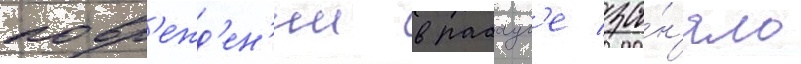
повр'ежд'ен'ии в рабаул'е за́н'яло